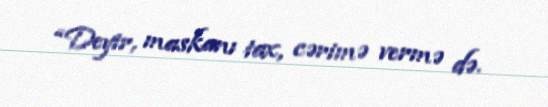
“Deyir, maskanı tax, cərimə vermə də.